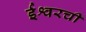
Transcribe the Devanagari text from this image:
ईश्वरची